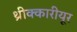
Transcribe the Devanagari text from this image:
थ्रीक्कारीयूर